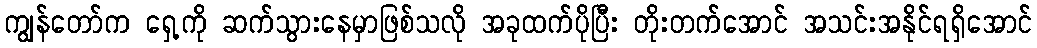
ကျွန်တော်က ရှေ့ကို ဆက်သွားနေမှာဖြစ်သလို အခုထက်ပိုပြီး တိုးတက်အောင် အသင်းအနိုင်ရရှိအောင်